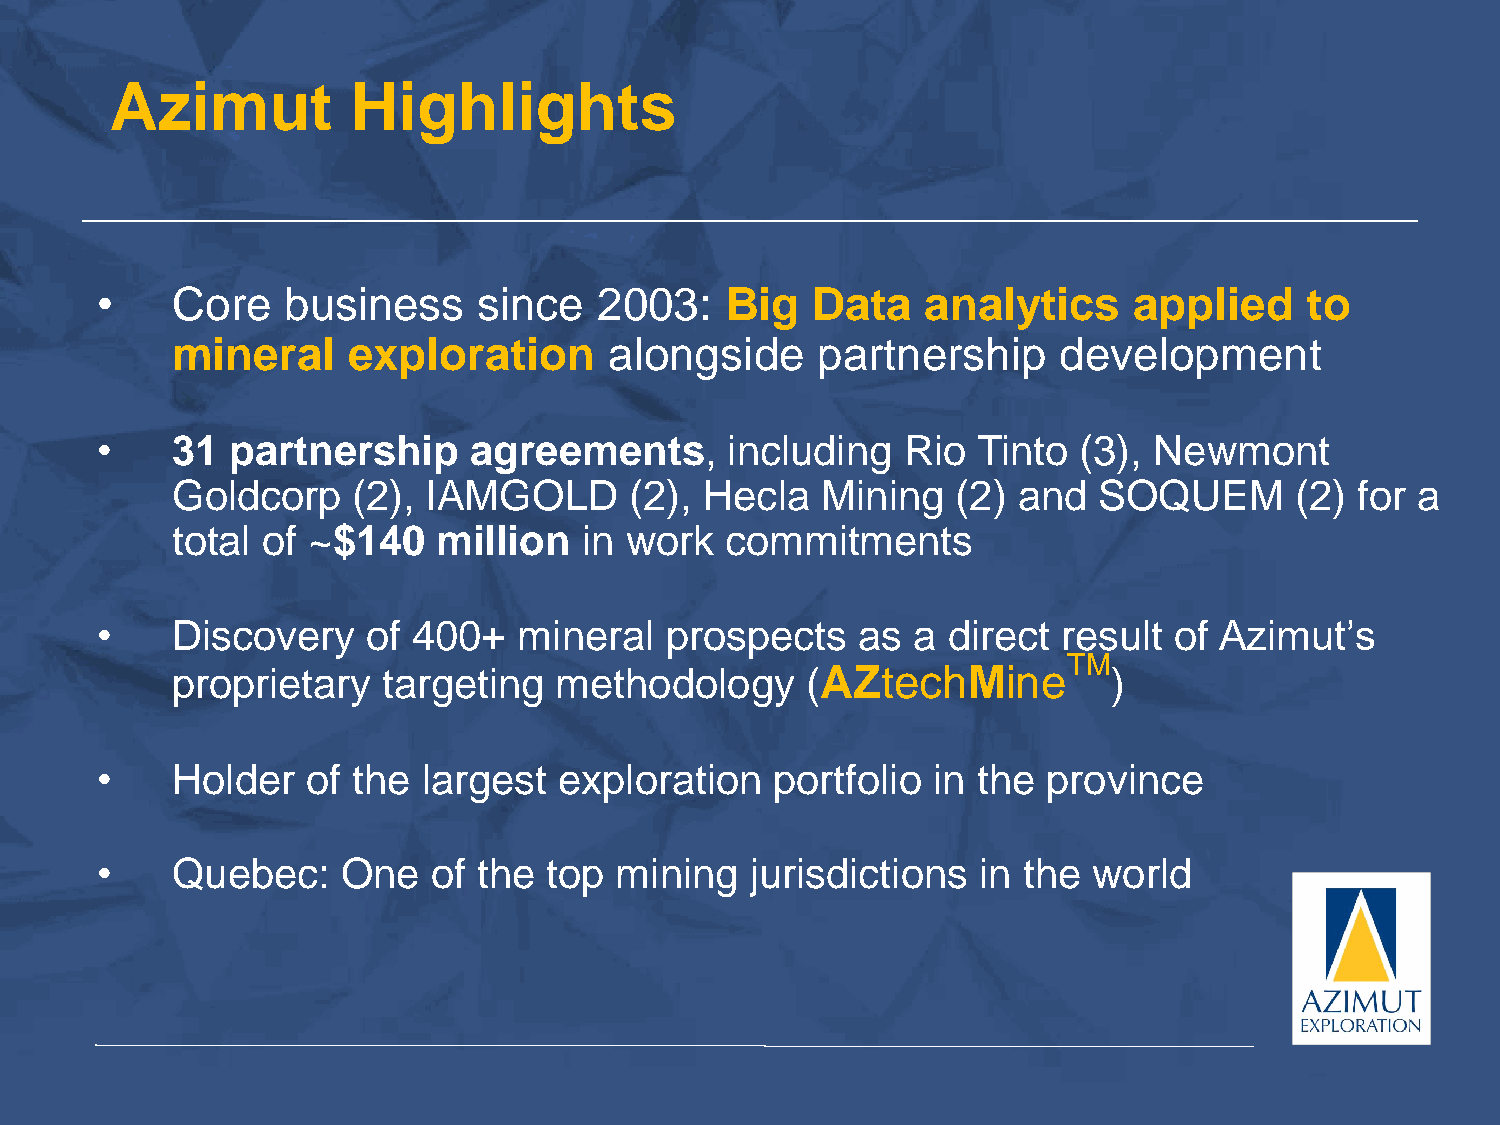
Azimut          Highlights
 •    Core    business     since   2003:   Big   Data   analytics     applied     to
 mineral     exploration      alongside     partnership     development
 •    31  partnership     agreements,      including   Rio  Tinto (3), Newmont
 Goldcorp    (2), IAMGOLD       (2), Hecla  Mining   (2) and   SOQUEM       (2) for a
 total of ~$140    million   in work  commitments
 •    Discovery    of 400+   mineral   prospects    as a  direct result  of Azimut’s
 TM
 proprietary   targeting   methodology     (AZtechMine          )
 •    Holder   of the  largest  exploration   portfolio  in the province
 •    Quebec:     One   of the top  mining   jurisdictions  in the world